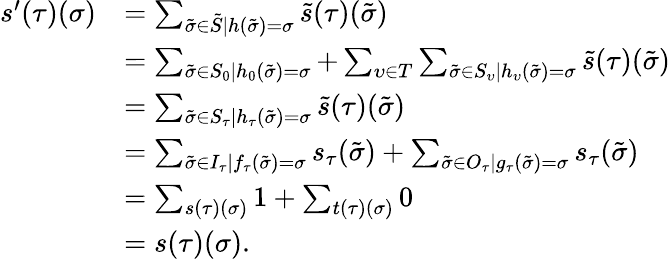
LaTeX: \begin{array}{rl}{s^{\prime}(\tau)(\sigma)}&{=\sum_{\tilde{\sigma}\in\tilde{S}|h(\tilde{\sigma})=\sigma}\tilde{s}(\tau)(\tilde{\sigma})}\\ &{=\sum_{\tilde{\sigma}\in S_{0}|h_{0}(\tilde{\sigma})=\sigma}+\sum_{\upsilon\in T}\sum_{\tilde{\sigma}\in S_{\upsilon}|h_{\upsilon}(\tilde{\sigma})=\sigma}\tilde{s}(\tau)(\tilde{\sigma})}\\ &{=\sum_{\tilde{\sigma}\in S_{\tau}|h_{\tau}(\tilde{\sigma})=\sigma}\tilde{s}(\tau)(\tilde{\sigma})}\\ &{=\sum_{\tilde{\sigma}\in I_{\tau}|f_{\tau}(\tilde{\sigma})=\sigma}s_{\tau}(\tilde{\sigma})+\sum_{\tilde{\sigma}\in O_{\tau}|g_{\tau}(\tilde{\sigma})=\sigma}s_{\tau}(\tilde{\sigma})}\\ &{=\sum_{s(\tau)(\sigma)}1+\sum_{t(\tau)(\sigma)}0}\\ &{=s(\tau)(\sigma).}\end{array}